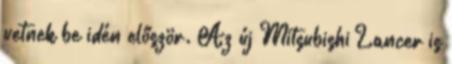
vetnek be idén először. Az új Mitsubishi Lancer is